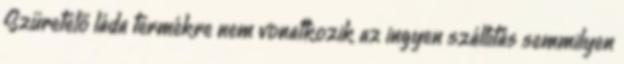
Szüretelő láda termékre nem vonatkozik az ingyen szállítás semmilyen